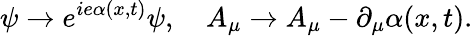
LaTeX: \psi\rightarrow e^{ie\alpha(x,t)}\psi,\quad A_{\mu}\rightarrow A_{\mu}-\partial_{\mu}\alpha(x,t).